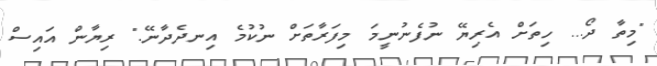
"މިތާ ދޯ... ހިތަށް އެރިޔޭ ނުފެނުނީމަ މިފަރާތަށް ނުކުމެ އިނދެދާނޭ." ރިޔާން އައިސް